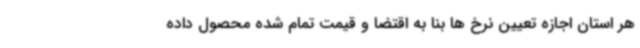
هر استان اجازه تعیین نرخ ها بنا به اقتضا و قیمت تمام شده محصول داده